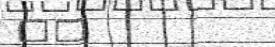
٢٨